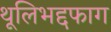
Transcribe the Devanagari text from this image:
थूलिभद्दफाग